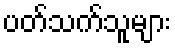
ပတ်သက်သူများ